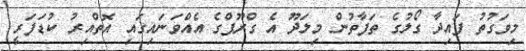
މިވަގުތު ފައިދާ ގޯލުގެ ތަފާތުން މިލަދޫ އެ ގްރޫޕްގެ އެއްވަނައިގައި އޮތްއިރު ކުޑަފަރީ